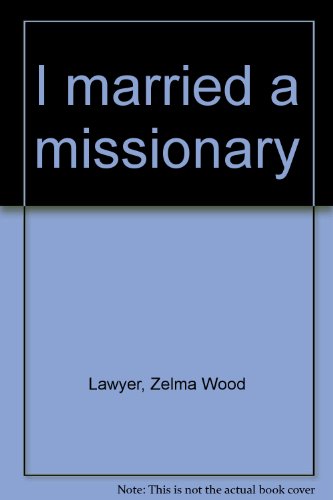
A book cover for I married a missionary; Zelma Wood Lawyer; Travel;